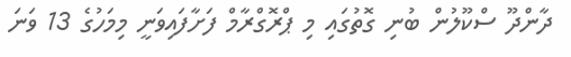
ދާންދޫ ސްކޫލުން ބުނި ގޮތުގައި މި ޕްރޮގްރާމް ފަށާފައިވަނީ މިމަހުގެ 13 ވަނަ